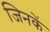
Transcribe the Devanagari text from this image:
जिनकें